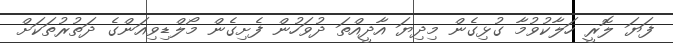
ފަޔަ ލޮރީ ހަލާކުވުމާ ގުޅިގެން މިދިޔަ އާދީއްތަ ދުވަހުން ފެށިގެން މޯލްޑިވިއަންގެ ދަތުރުތަކަށް